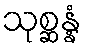
သုစ္ဆန္နံ